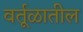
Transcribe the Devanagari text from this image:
वर्तूळातील